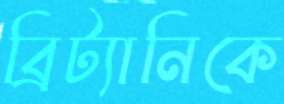
ব্রিট্যানিকে